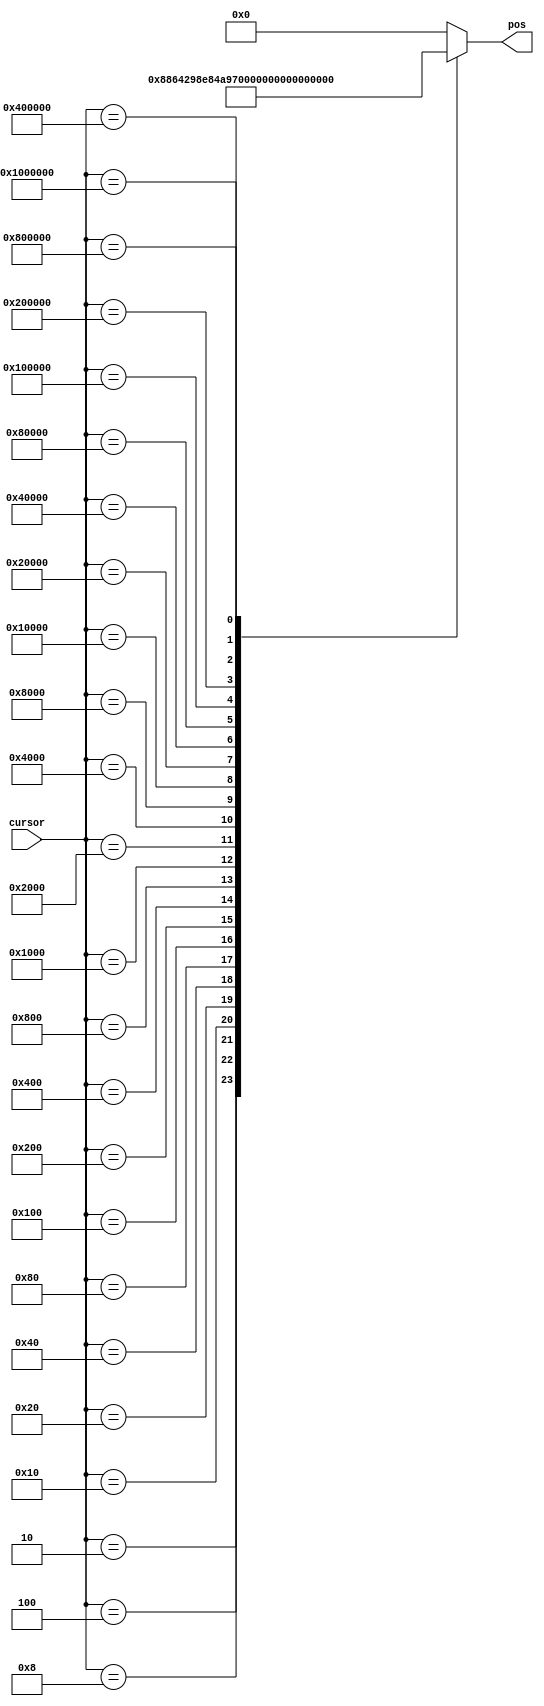
/*
   This file was generated automatically by the Mojo IDE version B1.3.6.
   Do not edit this file directly. Instead edit the original Lucid source.
   This is a temporary file and any changes made to it will be destroyed.
*/

module get_position_22 (
    input [24:0] cursor,
    output reg [4:0] pos
  );
  
  
  
  always @* begin
    
    case (cursor)
      25'h0000001: begin
        pos = 1'h0;
      end
      25'h0000002: begin
        pos = 1'h1;
      end
      25'h0000004: begin
        pos = 2'h2;
      end
      25'h0000008: begin
        pos = 2'h3;
      end
      25'h0000010: begin
        pos = 3'h4;
      end
      25'h0000020: begin
        pos = 3'h5;
      end
      25'h0000040: begin
        pos = 3'h6;
      end
      25'h0000080: begin
        pos = 3'h7;
      end
      25'h0000100: begin
        pos = 4'h8;
      end
      25'h0000200: begin
        pos = 4'h9;
      end
      25'h0000400: begin
        pos = 4'ha;
      end
      25'h0000800: begin
        pos = 4'hb;
      end
      25'h0001000: begin
        pos = 4'hc;
      end
      25'h0002000: begin
        pos = 4'hd;
      end
      25'h0004000: begin
        pos = 4'he;
      end
      25'h0008000: begin
        pos = 4'hf;
      end
      25'h0010000: begin
        pos = 5'h10;
      end
      25'h0020000: begin
        pos = 5'h11;
      end
      25'h0040000: begin
        pos = 5'h12;
      end
      25'h0080000: begin
        pos = 5'h13;
      end
      25'h0100000: begin
        pos = 5'h14;
      end
      25'h0200000: begin
        pos = 5'h15;
      end
      25'h0400000: begin
        pos = 5'h16;
      end
      25'h0800000: begin
        pos = 5'h17;
      end
      25'h1000000: begin
        pos = 5'h18;
      end
      default: begin
        pos = 1'h0;
      end
    endcase
  end
endmodule